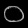
Digit: ၀